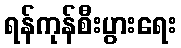
ရန်ကုန်စီးပွားရေး